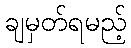
ချမှတ်ရမည့်